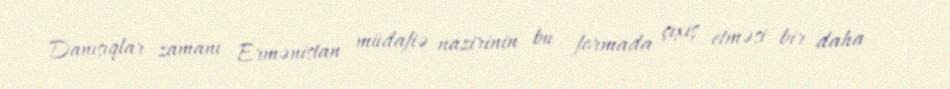
Danışıqlar zamanı Ermənistan müdafiə nazirinin bu formada çıxış etməsi bir daha